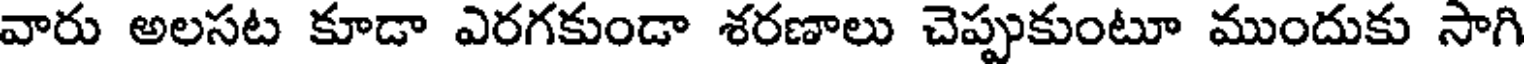
వారు అలసట కూడా ఎరగకుండా శరణాలు చెప్పుకుంటూ ముందుకు సాగి